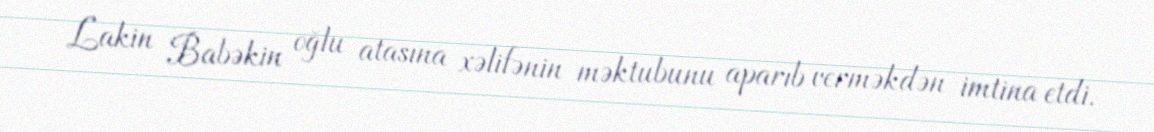
Lakin Babəkin oğlu atasına xəlifənin məktubunu aparıb verməkdən imtina etdi.